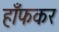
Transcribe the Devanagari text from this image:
हाँफकर